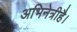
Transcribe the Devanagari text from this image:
अभिनेत्रीहै।